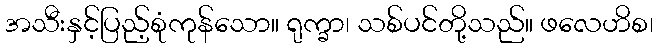
အသီးနှင့်ပြည့်စုံကုန်သော။ ရုက္ခာ၊ သစ်ပင်တို့သည်။ ဖလေဟိစ၊